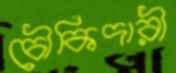
চৌকিদারী